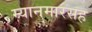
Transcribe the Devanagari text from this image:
म्यानमारसह